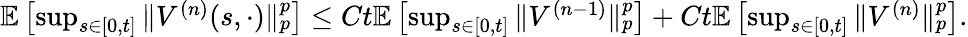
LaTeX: \begin{array}{r}{\mathbb{E}\left[\operatorname*{sup}_{s\in[0,t]}\| V^{(n)}(s,\cdot)\| _{p}^{p}\right]\leq Ct\mathbb E\left[\operatorname*{sup}_{s\in[0,t]}\| V^{(n-1)}\| _{p}^{p}\right]+Ct\mathbb E\left[\operatorname*{sup}_{s\in[0,t]}\| V^{(n)}\| _{p}^{p}\right].}\end{array}